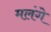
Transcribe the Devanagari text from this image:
मलंगे